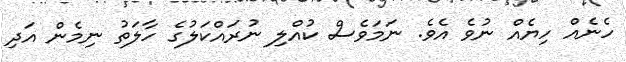
ހެނެއް ހިޔެއް ނުވެ އެވެ. ނަމަވެސް ކުއްލި ނުރައްކަލުގެ ހާލަތު ނިމެން އަދި